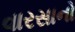
વારસાનો